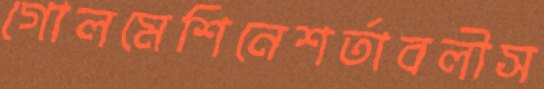
গোলমেশিনেশর্তাবলীস